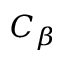
C _ { \beta }